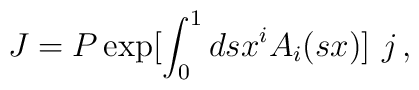
J=P\exp [\int_0^1 ds x^i A_i (sx )]\,\,j\,,